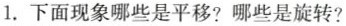
1. 下面现象哪些是平移? 哪些是旋转?